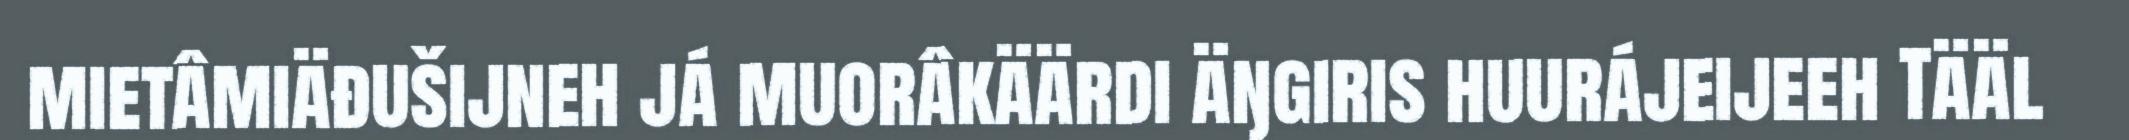
mietâmiäđušijneh já muorâkäärdi äŋgiris huurájeijeeh Tääl